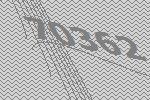
70362